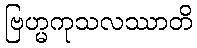
ဗြဟ္မကုသလဿာတိ